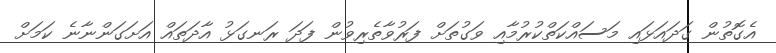
އެގޮތުން ގަދައަޅައި މަސައްކަތްކުރުމާއި ވަގުތަށް ފަރުވާތެރިވުން ފަދަ ރަނގަޅު އާދަތައް އަށަގަންނާނެ ކަމަށް